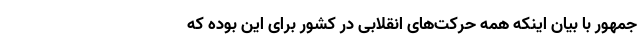
جمهور با بیان اینکه همه حرکت‌های انقلابی در کشور برای این بوده که